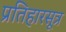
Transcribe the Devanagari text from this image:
प्रतिहारसूत्र